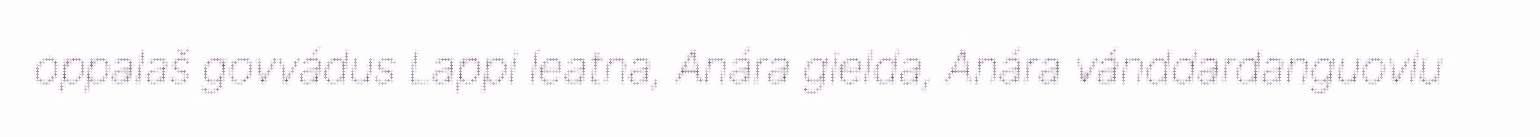
oppalaš govvádus Lappi leatna, Anára gielda, Anára vánddardanguovlu